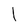
Character: 1